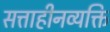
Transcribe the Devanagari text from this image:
सत्ताहीनव्यक्ति